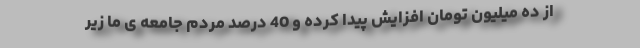
از ده میلیون تومان افزایش پیدا کرده و 40 درصد مردم جامعه ی ما زیر